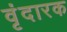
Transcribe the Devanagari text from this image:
वृंदारक